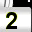
Digit: 2